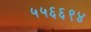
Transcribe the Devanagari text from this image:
५५६६९४